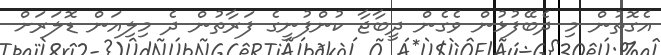
އެގޮތުން މި ދެބޭފުޅުން ވެގެން ދީބާޖާ ކުންފުނީގެ ފަރާތުން ދެ މިލިއަން ޑޮލަަރަށް